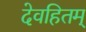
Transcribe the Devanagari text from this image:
देवहितम्